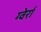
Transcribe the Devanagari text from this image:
ग्वेर्रा